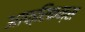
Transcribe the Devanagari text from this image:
आफ्रिकन्स